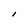
Character: l